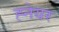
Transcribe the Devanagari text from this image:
ह्नेयर